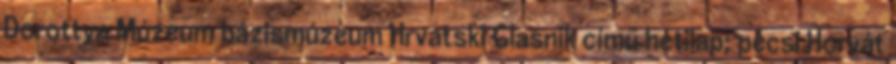
Dorottya Múzeum bázismúzeum Hrvatski Glasnik című hetilap; pécsi Horvát